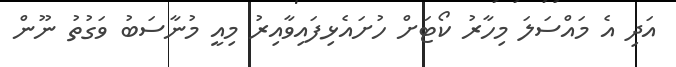
އަދި އެ މައްސަލަ މިހާރު ކޯޓަށް ހުށައެޅިފައިވާއިރު މިއީ މުނާސަބު ވަގުތު ނޫން